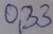
Text: 0,33